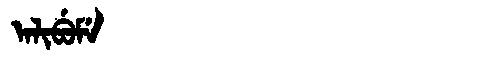
Manchu: ᠠᠯᡳᠪᡠᠮᡝ
Romanization: ALIBUME